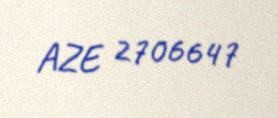
AZE 2706647